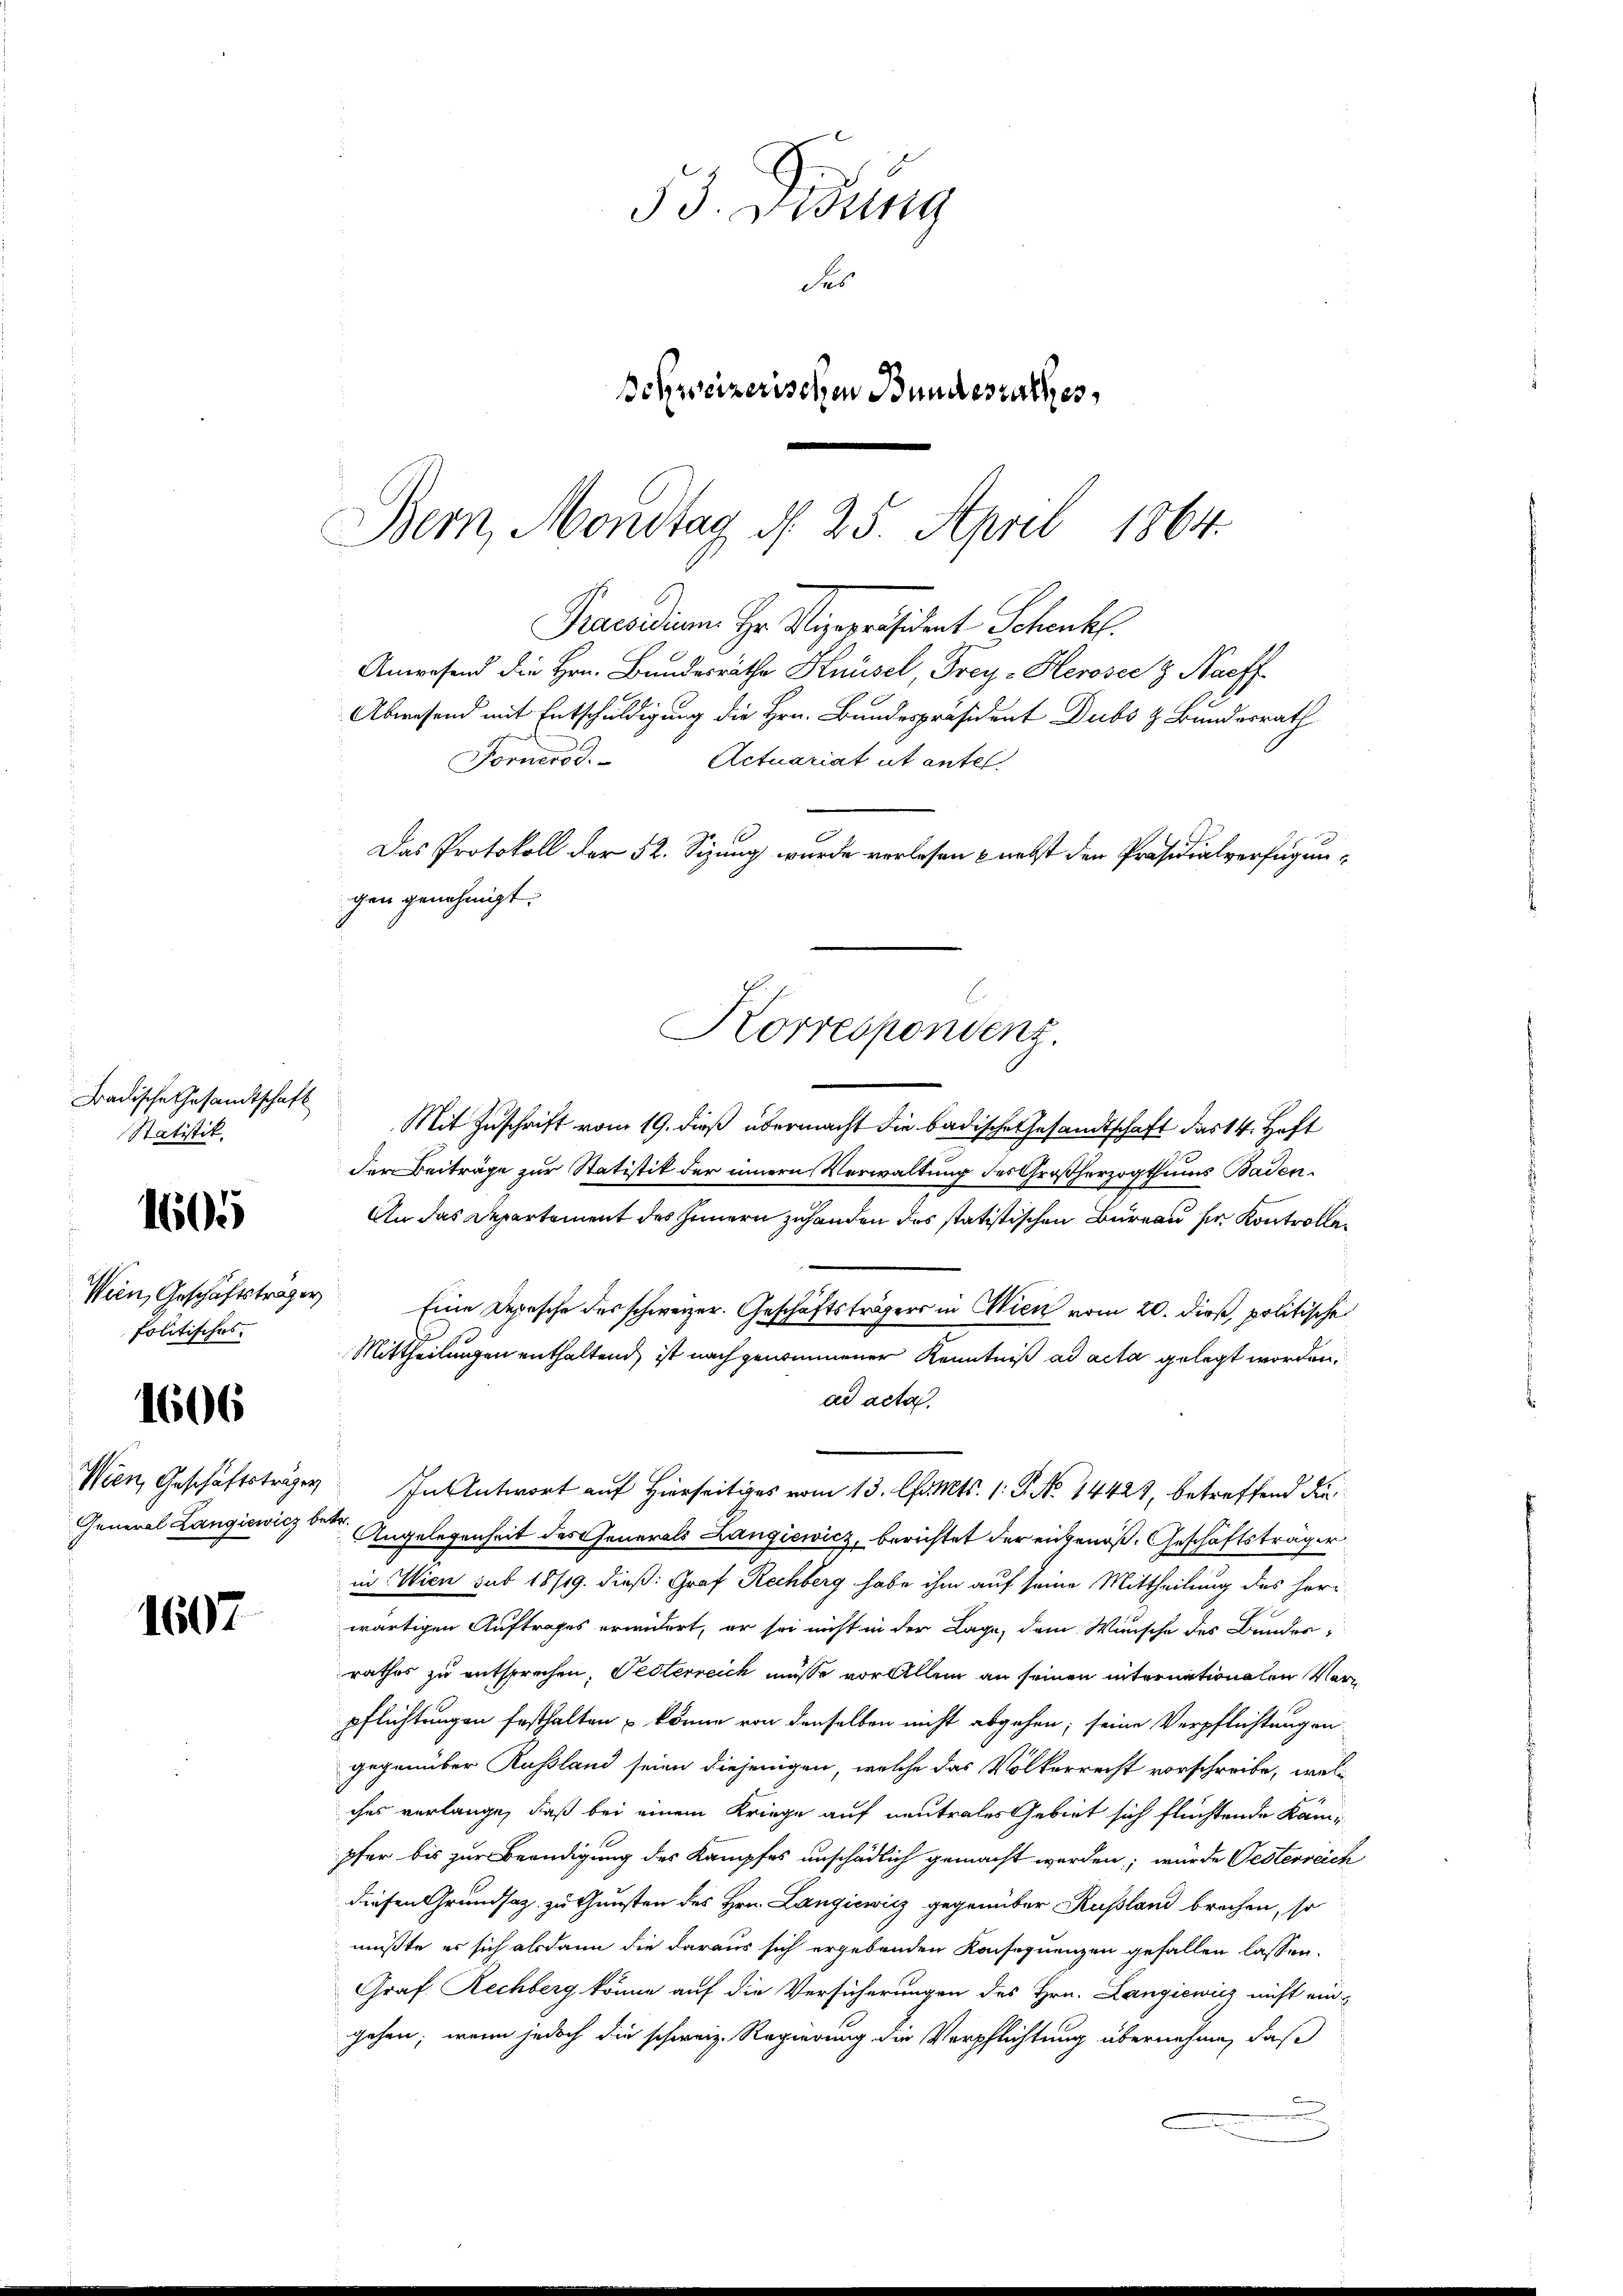
Fradische Gesandtschaft
Statistik.

1605

Wein, Geschäftstrage
folitisches.

1606

Wien, Geschäftsträger
General Langiewicz

1607

33. Disung
des
Schweizerischen Bundesrathes,

Bern, Mondtag d. 25. April 1864.
Percedium Hr. Vizepräsident Schenk
Anwesend die Hrn. Bundesräthe Knüsel, Frey-Heroser & Naeff
Abwesend mit Entschuldigung die Hrn. Bundespräsident Dubs & Bundesrath
Fornerod. Actuariat ut antel
Das Protokoll der 52. Sizung wurde verlesen nebst den Präsidialverfügungen genehmigt.
Korrespondenz.

Mit Zuschrift vom 19. dieß übermacht die badische Gesandtschaft das 14. Haft
der Beiträge zur Statistik der innern Verwaltung des Großherzogthums Baden¬
An das Departement des Innern zuhanden des statistischen Bureau sie Kontrollee Eine Depesche des schweizer. Geschäftsträgers in Wien vom 20. dieß, politische
Mittheilungen enthaltend, ist nach genommener Kenntniß ad acta gelegt worden,
ad acta.
de Angelegenheit des Generals Langiewicz, berichtet der eingenoß. Geschäftsträger
in Wien sub 18/19. dieß: Graf Rechberg habe ihm auf seine Mittheilung des heriwärtigen Auftrages erwidert, er sei nicht in der Lage, dem Winsche des Bundes-
rathes zu entsprechen, Pesterreich müsse vor Allein an seinen internationalen Vorpflichtungen festhalten könne von denselben nicht abgehen; seine Verpflichtungen
gegenüber Russland seien diejenigen, welche das Völkerrecht vorschreibe, welc
ches verlange, daß bei einem Kriege auf neutrales Gebiet sich flüchtende Kämpfer bis zur Beendigung des Kampfes unschädlich gemacht werden; würde Oesterreich
diesen Grundsatz zu Gunsten des Hrn. Langiewicz gegenüber Russland brechen, so
müßte es sich alsdann die daraus sich ergebenden Konsequenzen gefallen lassen.
Graf Rechberg könne auf die Versicherungen des Hrn. Langiewicz nicht eingehen; wenn jedoch die schweiz. Regierung die Verpflichtung übernehme, daß
u

" In Antwort auf Hierseitiges vom 13. Chr. Mts. 1. P. No 14427, betreffend die